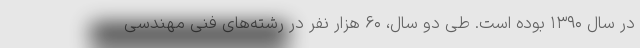
در سال ۱۳۹۰ بوده است. طی دو سال، ۶۰ هزار نفر در رشته‌های فنی مهندسی